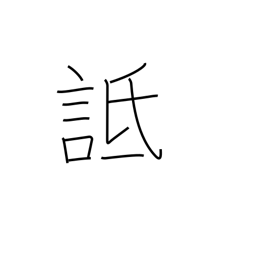
Meaning: vilify